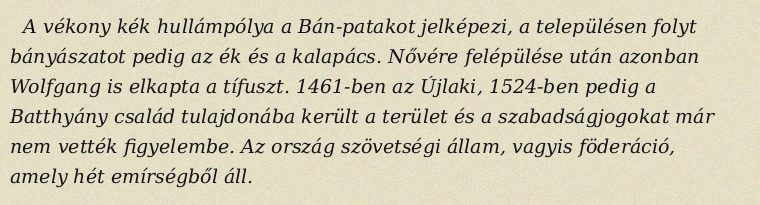
A vékony kék hullámpólya a Bán-patakot jelképezi, a településen folyt bányászatot pedig az ék és a kalapács. Nővére felépülése után azonban Wolfgang is elkapta a tífuszt. 1461-ben az Újlaki, 1524-ben pedig a Batthyány család tulajdonába került a terület és a szabadságjogokat már nem vették figyelembe. Az ország szövetségi állam, vagyis föderáció, amely hét emírségből áll.